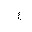
Letter: _ayn